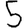
Digit: 5